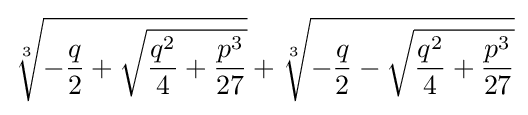
{\sqrt[{3}]{-{\frac {q}{2}}+{\sqrt {{\frac {q^{2}}{4}}+{\frac {p^{3}}{27}}}}}}+{\sqrt[{3}]{-{\frac {q}{2}}-{\sqrt {{\frac {q^{2}}{4}}+{\frac {p^{3}}{27}}}}}}